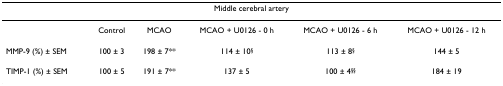
| <COLSPAN=6> Middle cerebral artery |
 | --- | --- | --- | --- | --- | --- |
 |  | Control | MCAO | MCAO + U0126 - 0 h | MCAO + U0126 - 6 h | MCAO + U0126 - 12 h |
 | MMP-9 (%) ± SEM | 100 ± 3 | 198 ± 7** | 114 ± 10§ | 113 ± 8§ | 144 ± 5 |
 | TIMP-1 (%) ± SEM | 100 ± 5 | 191 ± 7** | 137 ± 5 | 100 ± 4§§ | 184 ± 19 |